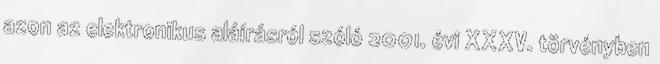
azon az elektronikus aláírásról szóló 2001. évi XXXV. törvényben